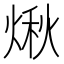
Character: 煍